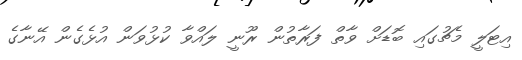
އިޓަލީ މެޗުގައި ބޮޑަށް ވާތް ފަރާތުން ރޫނީ ލައްވާ ކުޅުވަން އުޅެގެން އޭނާގެ